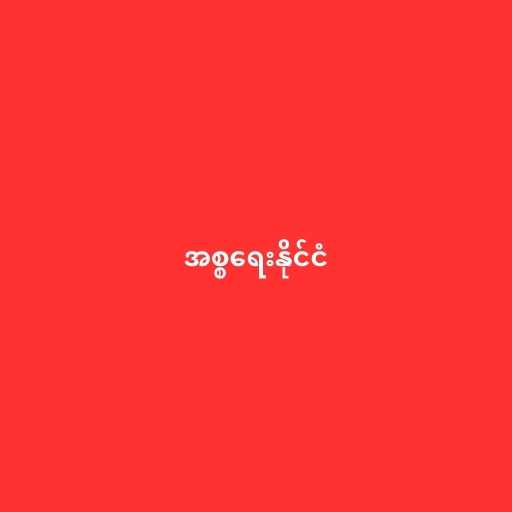
အစ္စရေးနိုင်ငံ